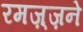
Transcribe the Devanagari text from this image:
रमज़्ज़ने